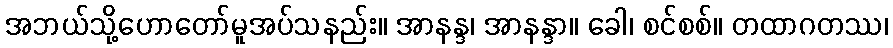
အဘယ်သို့ဟောတော်မူအပ်သနည်း။ အာနန္ဒ၊ အာနန္ဒာ။ ခေါ၊ စင်စစ်။ တထာဂတဿ၊